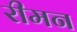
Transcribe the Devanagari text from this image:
रीमन